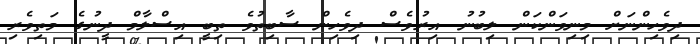
ދިވެހިންނަށް މިނިވަންކަން ލިބުނު އިރުވެސް ދިވެހިން ސާބިތުވެ ތިބީ އިސްލާމް ދީނުގެ މަތިވެރި